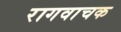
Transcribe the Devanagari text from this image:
रागवाचक